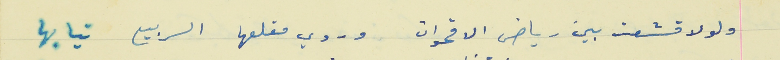
ولولا قشعت بين رياض الاقحوان                           وروي مقلعها الربيع تيابها